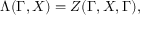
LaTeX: \Lambda ( \Gamma , X ) = Z ( \Gamma , X , \Gamma ) ,